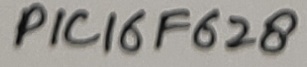
Text: PIC16F628